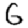
Digit: 6